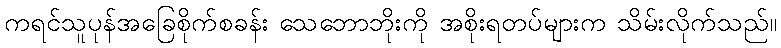
ကရင်သူပုန်အခြေစိုက်စခန်း သေဘောဘိုးကို အစိုးရတပ်များက သိမ်းလိုက်သည်။